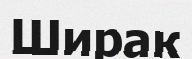
Ширак